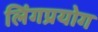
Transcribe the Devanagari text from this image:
लिंगप्रयोग